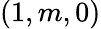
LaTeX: (1,m,0)